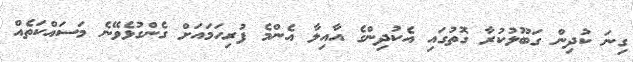
ގިނަ ކުދިން ގަބޫލުކުރާ ގޮތުގައި އެކުދިންގެ އާއިލާ އެންމެ ފުރިހަމައަށް ގެންގުޅެވޭނެ މަސައްކަތެއް